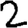
Digit: 2